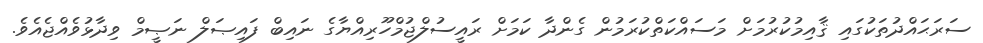
ސަރަޙައްދުތަކުގައި ޤާއިމުކުރުމަށް މަސައްކަތްކުރަމުން ގެންދާ ކަމަށް ރައީސުލްޖުމްހޫރިއްޔާގެ ނައިބް ފައިޞަލް ނަޞީމް ވިދާޅުވެއްޖެއެވެ.